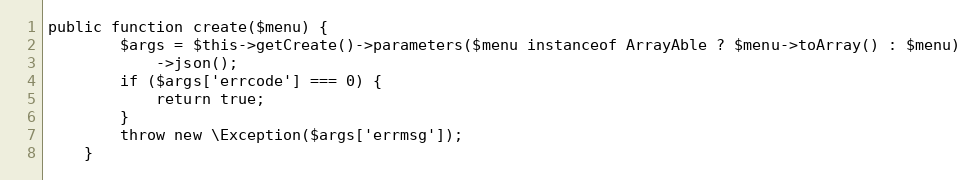
Language: PHP
public function create($menu) {
        $args = $this->getCreate()->parameters($menu instanceof ArrayAble ? $menu->toArray() : $menu)
            ->json();
        if ($args['errcode'] === 0) {
            return true;
        }
        throw new \Exception($args['errmsg']);
    }